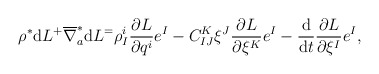
\begin{gather*} \rho ^\ast \mathrm{d} L ^ + \overline{ \nabla } _a ^\ast \mathrm{d} L ^ = \rho ^i _I \frac{ \partial L }{ \partial q ^i } e ^I - C _{ I J } ^K \xi ^J \frac{ \partial L }{ \partial \xi ^K } e ^I - \frac{\mathrm{d}}{\mathrm{d}t} \frac{ \partial L }{ \partial \xi ^I } e ^I , \end{gather*}